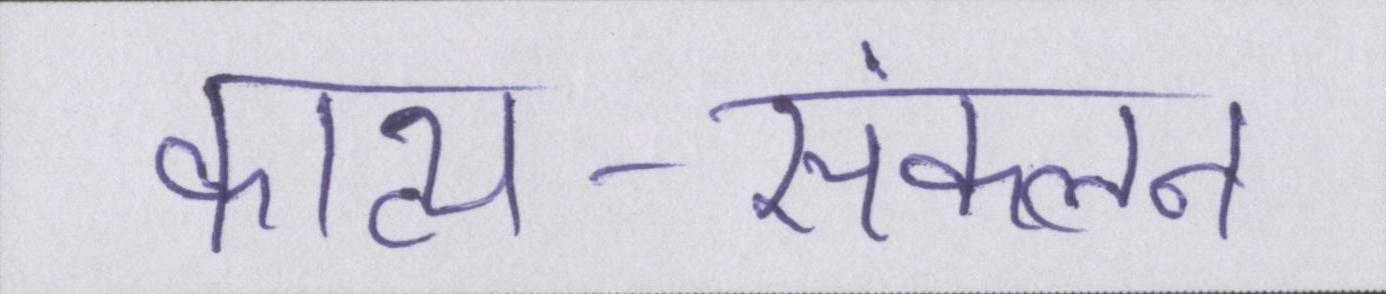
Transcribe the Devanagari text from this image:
काव्य-संकलन